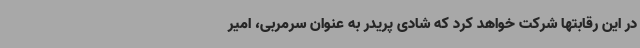
در این رقابتها شرکت خواهد کرد که شادی پریدر به عنوان سرمربی، امیر